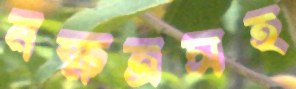
নক্ষত্রসহ